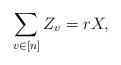
LaTeX: \begin{align*}\sum_{v\in[n]} Z_v = r X,\end{align*}